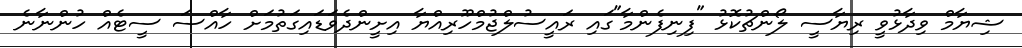
ޝިޔާމް ވިދާޅުވީ ރިޔާސީ ލޯންޗުކޮޅު "ފިނިފެންމާ"ގައި ރައީސުލްޖުމްހޫރިއްޔާ އިށީންދެވަޑައިގަތުމަށް ހާއްސަ ސީޓެއް ހުންނާނެ